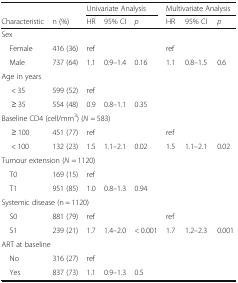
<table><thead><tr><td></td><td></td><td colspan="3"><b>Univariate Analysis</b></td><td colspan="3"><b>Multivariate Analysis</b></td></tr><tr><td><b>Characteristic</b></td><td><b>n (%)</b></td><td><b>HR</b></td><td><b>95% CI</b></td><td><b><i>p</i></b></td><td><b>HR</b></td><td><b>95% CI</b></td><td><b><i>p</i></b></td></tr></thead><tbody><tr><td colspan="8">Sex</td></tr><tr><td> Female</td><td>416 (36)</td><td>ref</td><td></td><td></td><td>ref</td><td></td><td></td></tr><tr><td> Male</td><td>737 (64)</td><td>1.1</td><td>0.9–1.4</td><td>0.16</td><td>1.1</td><td>0.8–1.5</td><td>0.6</td></tr><tr><td colspan="8">Age in years</td></tr><tr><td>&lt; 35</td><td>599 (52)</td><td>ref</td><td></td><td></td><td></td><td></td><td></td></tr><tr><td>≥ 35</td><td>554 (48)</td><td>0.9</td><td>0.8–1.1</td><td>0.35</td><td></td><td></td><td></td></tr><tr><td colspan="8">Baseline CD4 (cell/mm<sup>3</sup>) (<i>N</i> = 583)</td></tr><tr><td>≥ 100</td><td>451 (77)</td><td>ref</td><td></td><td></td><td>ref</td><td></td><td></td></tr><tr><td>&lt; 100</td><td>132 (23)</td><td>1.5</td><td>1.1–2.1</td><td>0.02</td><td>1.5</td><td>1.1–2.1</td><td>0.02</td></tr><tr><td colspan="8">Tumour extension (<i>N</i> = 1120)</td></tr><tr><td> T0</td><td>169 (15)</td><td>ref</td><td></td><td></td><td></td><td></td><td></td></tr><tr><td> T1</td><td>951 (85)</td><td>1.0</td><td>0.8–1.3</td><td>0.94</td><td></td><td></td><td></td></tr><tr><td colspan="8">Systemic disease (n = 1120)</td></tr><tr><td> S0</td><td>881 (79)</td><td>ref</td><td></td><td></td><td>ref</td><td></td><td></td></tr><tr><td> S1</td><td>239 (21)</td><td>1.7</td><td>1.4–2.0</td><td>&lt; 0.001</td><td>1.7</td><td>1.2–2.3</td><td>0.001</td></tr><tr><td colspan="8">ART at baseline</td></tr><tr><td> No</td><td>316 (27)</td><td>ref</td><td></td><td></td><td></td><td></td><td></td></tr><tr><td> Yes</td><td>837 (73)</td><td>1.1</td><td>0.9–1.3</td><td>0.5</td><td></td><td></td><td></td></tr></tbody></table>